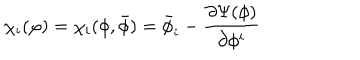
\chi _ { i } ( \varphi ) = \chi _ { i } ( \phi , { \bar { \phi } } ) = { \bar { \phi } } _ { i } - \frac { \partial \Psi ( \phi ) } { \partial \phi ^ { i } }